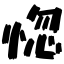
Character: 惚